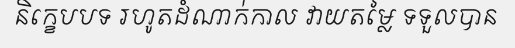
និក្ខេបបទ រហូតដំណាក់កាល វាយតម្លៃ ទទួលបាន